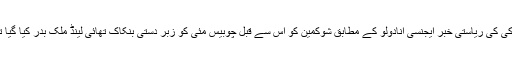
ترکی کی ریاستی خبر ایجنسی انادولو کے مطابق شوکمین کو اس سے قبل چوبیس مئی کو زبر دستی بنکاک تھائی لینڈ ملک بدر کیا گیا تھا۔